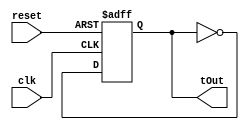
module TFlipFlop(reset, clk, tOut);
	input reset, clk;
	output tOut;
	reg tOut = 0;
	
	always @(negedge reset or negedge clk) begin
		if (reset == 1'b0)
			tOut <= 0;
		else 
			tOut <= ~tOut;
	end
endmodule